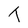
Character: T